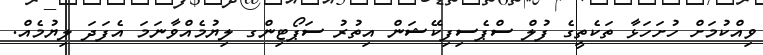
ވިއްކުމަށް ހުށަހަޅާ ތަކެތީގެ ފުލް ސްޕެސިފިކޭޝަން އިތުރު ސަޕޯޓިންގ ލިޔުމެއްވާނަމަ އެފަދަ ލިޔުމެއް.